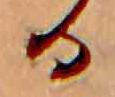
る